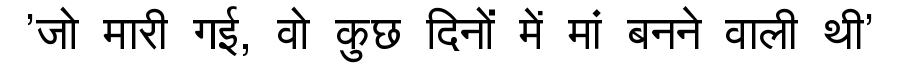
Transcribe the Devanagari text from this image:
'जो मारी गई, वो कुछ दिनों में मां बनने वाली थी'